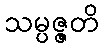
သမ္ပဇ္ဇတိ